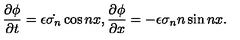
\frac { \partial \phi } { \partial t } = \epsilon \dot { \sigma _ { n } } \cos n x , \frac { \partial \phi } { \partial x } = - \epsilon \sigma _ { n } n \sin n x .